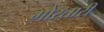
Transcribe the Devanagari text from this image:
गोरतारी